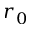
r _ { 0 }